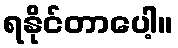
ရနိုင်တာပေါ့။